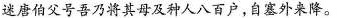
迷唐伯父号吾乃将其母及种人八百户，自塞外来降。